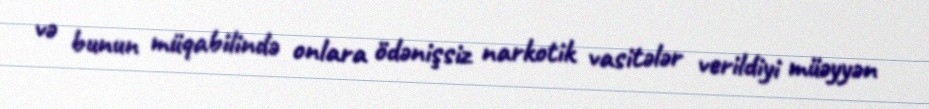
və bunun müqabilində onlara ödənişsiz narkotik vasitələr verildiyi müəyyən